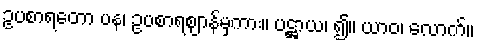
ဥပစာရတော ပန၊ ဥပစာရဈာန်မှကား။ ပဋ္ဌာယ၊ ၍။ ယာဝ၊ လောက်။